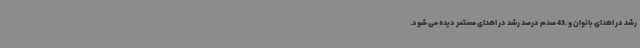
رشد در اهدای بانوان و .43 صدم درصد رشد در اهدای مستمر دیده می شود.